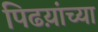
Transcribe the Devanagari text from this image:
पिढय़ांच्या